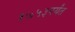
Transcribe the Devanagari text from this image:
१७५३पर्यंत